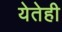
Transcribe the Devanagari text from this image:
येतेही